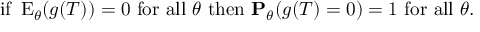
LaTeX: { \mathrm { i f ~ } } \operatorname { E } _ { \theta } ( g ( T ) ) = 0 { \mathrm { ~ f o r ~ a l l ~ } } \theta { \mathrm { ~ t h e n ~ } } \mathbf { P } _ { \theta } ( g ( T ) = 0 ) = 1 { \mathrm { ~ f o r ~ a l l ~ } } \theta .